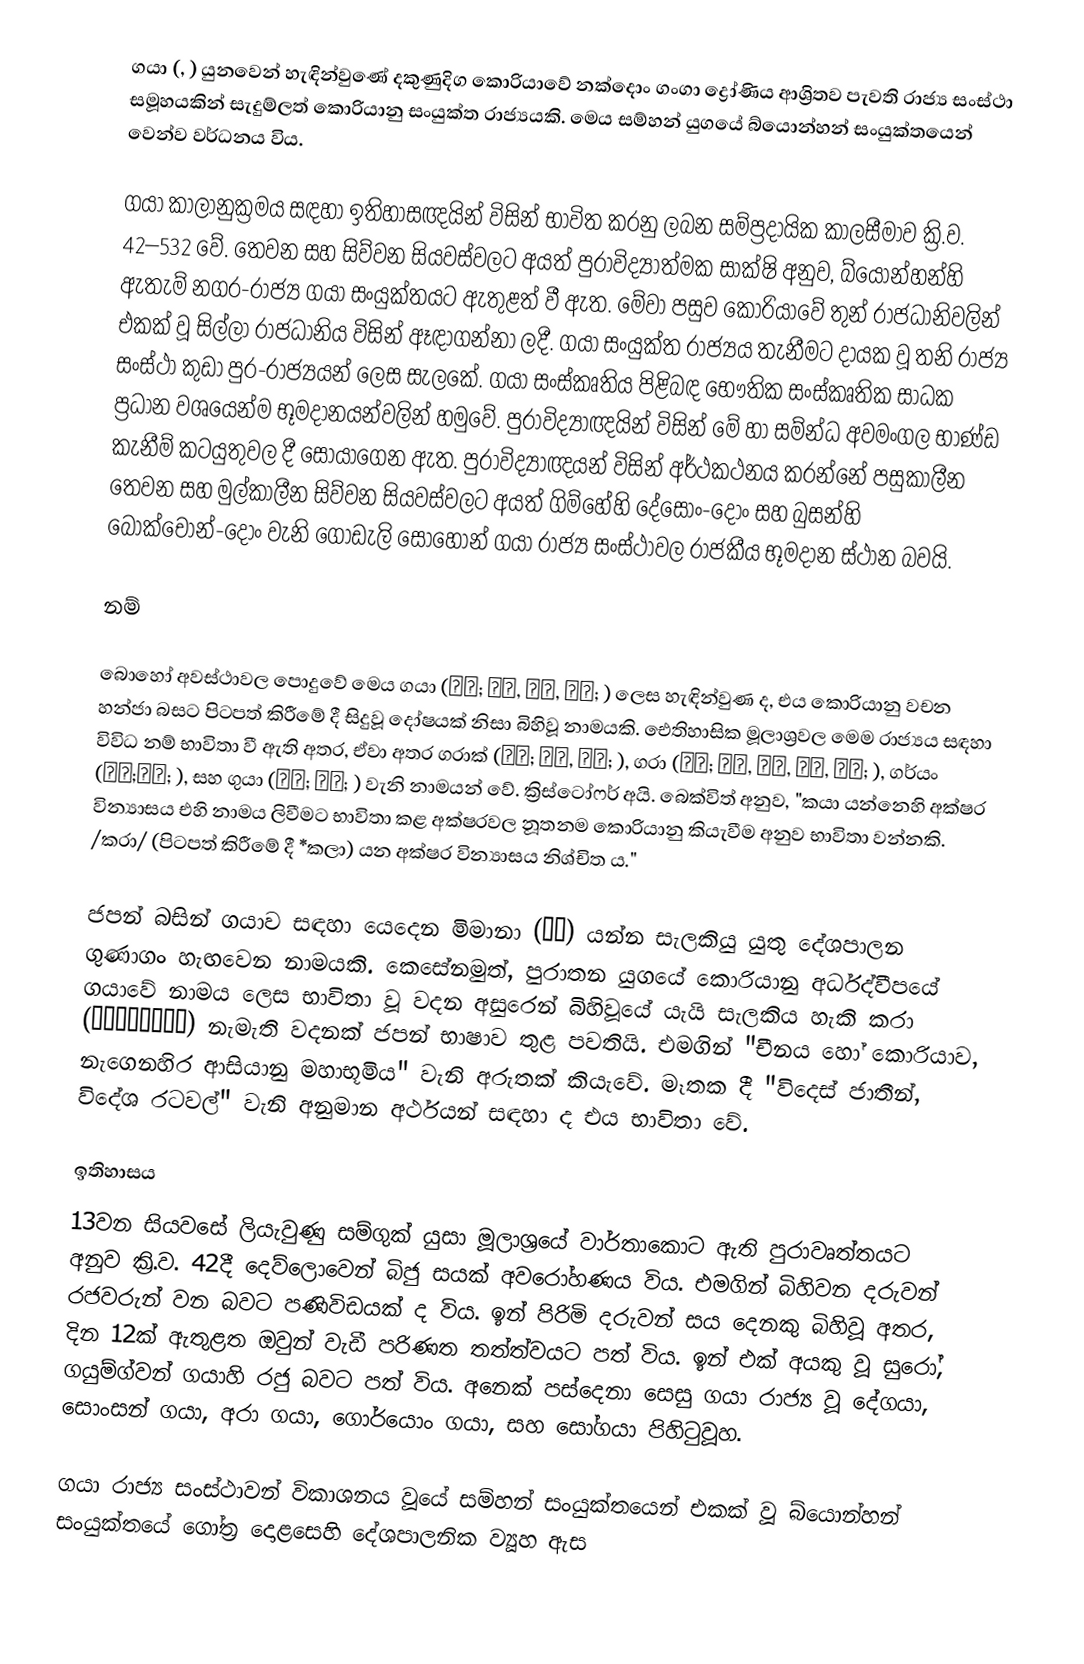
ගයා (, ) යුනවෙන් හැඳින්වුණේ දකුණුදිග කොරියාවේ නක්දොං ගංගා ද්‍රෝණිය ආශ්‍රිතව පැවති රාජ්‍ය සංස්ථා සමූහයකින් සැදුම්ලත් කොරියානු සංයුක්ත රාජ්‍යයකි. මෙය සම්හන් යුගයේ බ්යොන්හන් සංයුක්තයෙන් වෙන්ව වර්ධනය විය.

ගයා කාලානුක්‍රමය සඳහා ඉතිහාසඥයින් විසින් භාවිත කරනු ලබන සම්ප්‍රදායික කාලසීමාව ක්‍රි.ව. 42–532 වේ. තෙවන සහ සිව්වන සියවස්වලට අයත් පුරාවිද්‍යාත්මක සාක්ෂි අනුව, බ්යොන්හන්හි ඇතැම් නගර-රාජ්‍ය ගයා සංයුක්තයට ඇතුළත් වී ඇත. මේවා පසුව කොරියාවේ තුන් රාජධානිවලින් එකක් වූ සිල්ලා රාජධානිය විසින් ඈඳාගන්නා ලදී. ගයා සංයුක්ත රාජ්‍යය තැනීමට දායක වූ තනි රාජ්‍ය සංස්ථා කුඩා පුර-රාජ්‍යයන් ලෙස සැලකේ. ගයා සංස්කෘතිය පිළිබඳ භෞතික සංස්කෘතික සාධක ප්‍රධාන වශයෙන්ම භූමදානයන්වලින් හමුවේ. පුරාවිද්‍යාඥයින් විසින් මේ හා සම්න්ධ අවමංගල භාණ්ඩ කැනීම් කටයුතුවල දී සොයාගෙන ඇත. පුරාවිද්‍යාඥයන් විසින් අර්ථකථනය කරන්නේ පසුකාලීන තෙවන සහ මුල්කාලීන සිව්වන සියවස්වලට අයත් ගිම්හේහි දේසොං-දොං සහ බුසන්හි බොක්චොන්-දොං වැනි ගොඩැලි සොහොන් ගයා රාජ්‍ය සංස්ථාවල රාජකීය භූමදාන ස්ථාන බවයි.

නම්

බොහෝ අවස්ථාවල පොදුවේ මෙය ගයා (가야; 加耶, 伽耶, 伽倻; ) ලෙස හැඳින්වුණ ද, එය කොරියානු වචන හන්ජා බසට පිටපත් කිරීමේ දී සිදුවූ දෝෂයක් නිසා බිහිවූ නාමයකි. ඓතිහාසික මූලාශ්‍රවල මෙම රාජ්‍යය සඳහා විවිධ නම් භාවිතා වී ඇති අතර, ඒවා අතර ගරාක් (가락; 駕洛, 迦落; ), ගරා (가라; 加羅, 伽羅, 迦羅, 柯羅; ), ගර්යං (가량;加良; ), සහ ගුයා (구야; 狗耶; ) වැනි නාමයන් වේ. ක්‍රිස්ටෝෆර් අයි. බෙක්විත් අනුව, "කයා යන්නෙහි අක්ෂර වින්‍යාසය එහි නාමය ලිවීමට භාවිතා කළ අක්ෂරවල නූතනම කොරියානු කියැවීම අනුව භාවිතා වන්නකි. /කරා/ (පිටපත් කිරීමේ දී *කලා) යන අක්ෂර වින්‍යාසය නිශ්චිත ය."

ජපන් බසින් ගයාව සඳහා යෙදෙන මිමානා (任那) යන්න සැලකියු යුතු දේශපාලන ගුණාගං හැඟවෙන නාමයකි. කෙසේනමුත්, පුරාතන යුගයේ කොරියානු අර්ධද්වීපයේ ගයාවේ නාමය ලෙස භාවිතා වූ වදන අසුරෙන් බිහිවූයේ යැයි සැලකිය හැකි කරා (から、唐、漢、韓) නැමැති වදනක් ජපන් භාෂාව තුළ පවතියි. එමගින් "චීනය හෝ කොරියාව, නැගෙනහිර ආසියානු මහාභූමිය" වැනි අරුතක් කියැවේ. මෑතක දී "විදෙස් ජාතීන්, විදේශ රටවල්" වැනි අනුමාන අර්ථයන් සඳහා ද එය භාවිතා වේ.

ඉතිහාසය
13වන සියවසේ ලියැවුණු සම්ගුක් යුසා මූලාශ්‍රයේ වාර්තාකොට ඇති පුරාවෘත්තයට අනුව ක්‍රි.ව. 42දී දෙව්ලොවෙන් බිජු සයක් අවරෝහණය විය. එමගින් බිහිවන දරුවන් රජවරුන් වන බවට පණිවිඩයක් ද විය. ඉන් පිරිමි දරුවන් සය දෙනකු බිහිවූ අතර, දින 12ක් ඇතුළත ඔවුන් වැඩී පරිණත තත්ත්වයට පත් විය. ඉන් එක් අයකු වූ සුරෝ, ගයුම්ග්වන් ගයාහි රජු බවට පත් විය. අනෙක් පස්දෙනා සෙසු ගයා රාජ්‍ය වූ දේගයා, සොංසන් ගයා, අරා ගයා, ගොර්යොං ගයා, සහ සෝගයා පිහිටුවූහ.

ගයා රාජ්‍ය සංස්ථාවන් විකාශනය වූයේ සම්හන් සංයුක්තයෙන් එකක් වූ බ්යොන්හන් සංයුක්තයේ ගෝත්‍ර දොළසෙහි දේශපාලනික ව්‍යූහ ඇස